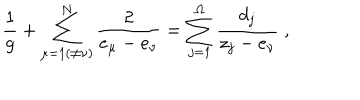
\frac { 1 } { g } + \sum _ { \mu = 1 ( \neq \nu ) } ^ { N } \frac { 2 } { e _ { \mu } - e _ { \nu } } = \sum _ { j = 1 } ^ { \Omega } \frac { d _ { j } } { z _ { j } - e _ { \nu } } \; ,